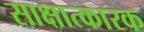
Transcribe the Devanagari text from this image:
साक्षात्कारक